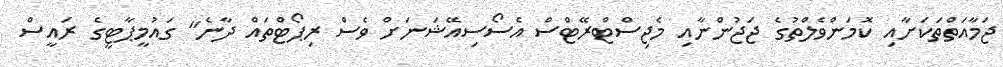
ޖަމާއަތްތަކަށާއި ކޮމަންވެލްތުގެ ޖަޖުންނާއި މެޖިސްޓްރޭޓްސް އެސޯސިއޭޝަނަށް ވެސް ރިޕޯޓްތައް ދާނެ" ގައުމީޕާޓީގެ ރައީސް